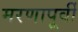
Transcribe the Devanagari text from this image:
मरणापूर्वी